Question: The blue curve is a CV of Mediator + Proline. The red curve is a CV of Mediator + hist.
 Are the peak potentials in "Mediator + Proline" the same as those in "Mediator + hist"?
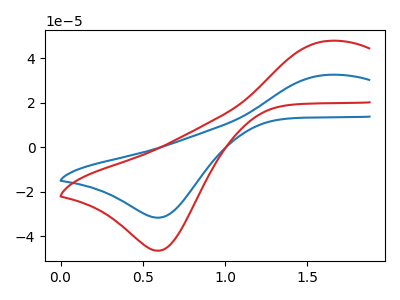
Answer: <think>The blue curve "Mediator + Proline" has an anodic peak at (1.65V, 32.45uA) and a cathodic peak at (0.60V, -31.65uA). The red curve "Mediator + hist" has an anodic peak at (1.65V, 47.70uA) and a cathodic peak at (0.60V, -46.50uA).</think>
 <answer>Yes, "Mediator + Proline" have a peak in "Mediator + hist" at the same potential.</answer>
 <eval>match</eval>